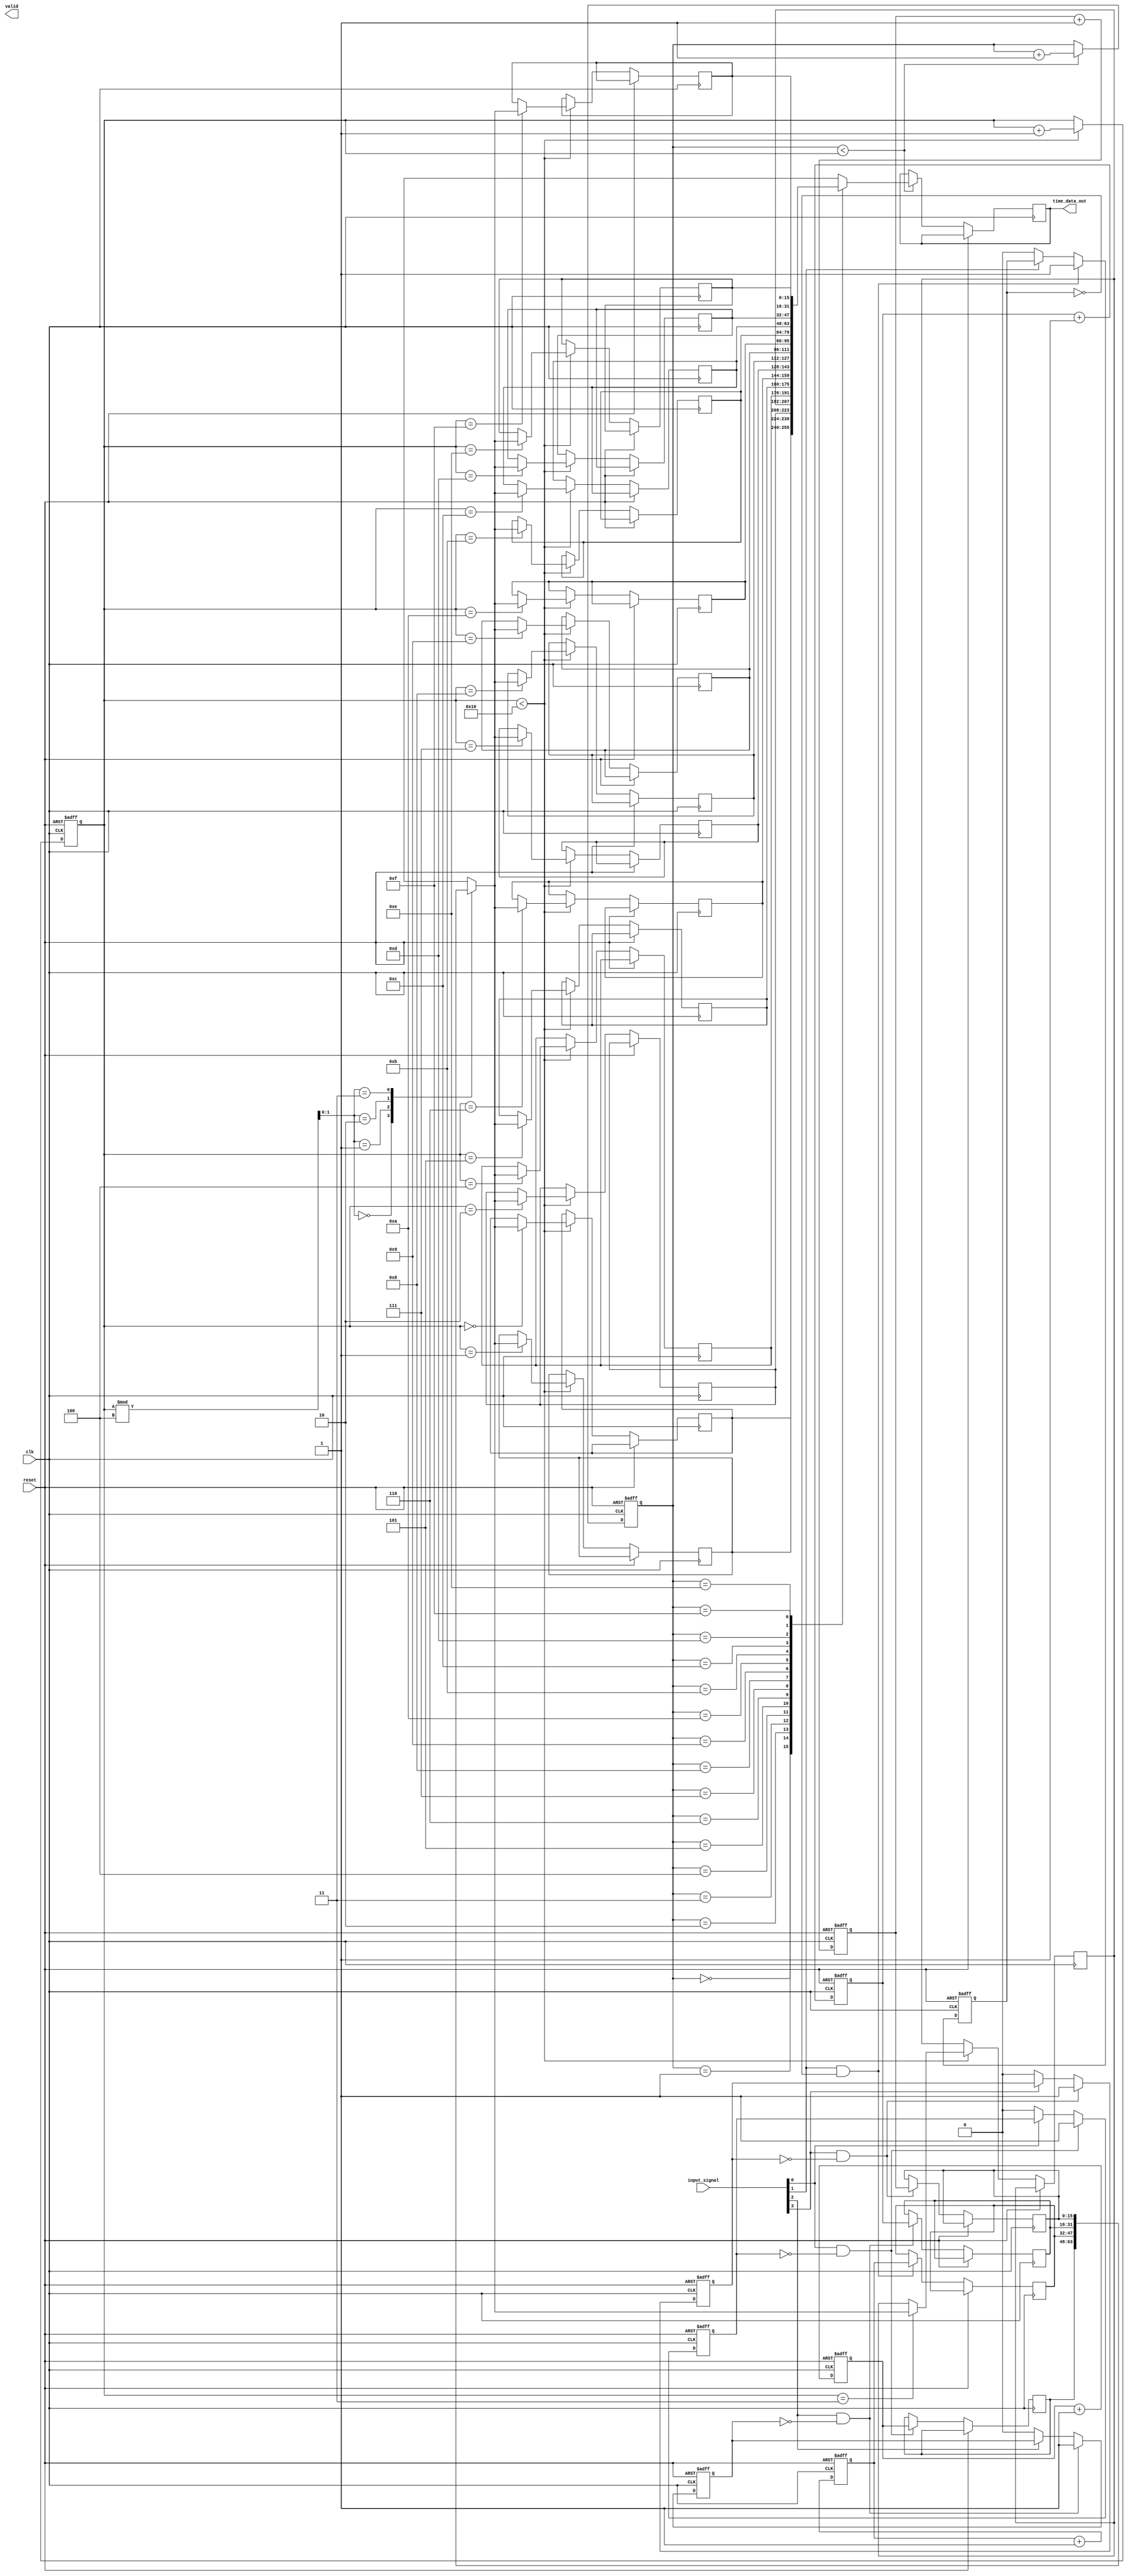
module TDC (
    input wire clk,                // High-frequency sampling clock
    input wire reset,              // Reset signal
    input wire [N-1:0] input_signal, // Input signal (N channels)
    output wire [M-1:0] time_data_out, // Output time data
    output wire valid              // Output valid signal
);
    parameter N = 4;               // Number of TDC units (channels)
    parameter M = 16;              // Width of time data
    parameter FIFO_DEPTH = 16;     // Depth of FIFO for storing time measurements

    // Internal signals
    reg [M-1:0] time_measurements[N-1:0]; // Time measurements for each TDC unit
    reg [M-1:0] fifo[FIFO_DEPTH-1:0];      // FIFO for storing time data
    reg [3:0] fifo_write_ptr;               // FIFO write pointer
    reg [3:0] fifo_read_ptr;                // FIFO read pointer
    reg valid_signal;                        // Valid signal for output

    // TDC unit logic
    generate
        genvar i;
        for (i = 0; i < N; i = i + 1) begin : tdc_unit
            reg [M-1:0] counter;
            reg edge_detected;

            always @(posedge clk or posedge reset) begin
                if (reset) begin
                    counter <= 0;
                    edge_detected <= 0;
                end else begin
                    if (input_signal[i] && !edge_detected) begin
                        edge_detected <= 1; // Edge detected
                        time_measurements[i] <= counter; // Capture time
                    end else if (!input_signal[i]) begin
                        edge_detected <= 0; // Reset edge detected flag
                    end
                    counter <= counter + 1; // Increment counter
                end
            end
        end
    endgenerate

    // Memory block (FIFO) for storing time measurements
    always @(posedge clk or posedge reset) begin
        if (reset) begin
            fifo_write_ptr <= 0;
            fifo_read_ptr <= 0;
            valid_signal <= 0;
        end else begin
            // Write time measurements to FIFO
            if (fifo_write_ptr < FIFO_DEPTH) begin
                fifo[fifo_write_ptr] <= time_measurements[fifo_write_ptr % N]; // Round-robin writing
                fifo_write_ptr <= fifo_write_ptr + 1;
                valid_signal <= 1; // Set valid signal
            end
            // Read from FIFO
            if (fifo_read_ptr < fifo_write_ptr) begin
                time_data_out <= fifo[fifo_read_ptr];
                fifo_read_ptr <= fifo_read_ptr + 1;
            end else begin
                valid_signal <= 0; // Clear valid signal if no data
            end
        end
    end

endmodule